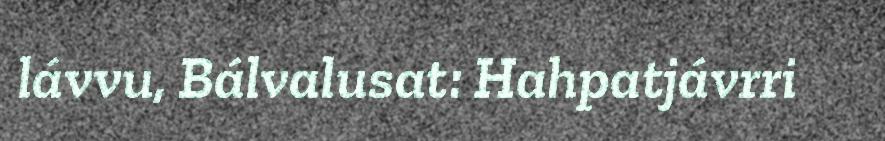
lávvu, Bálvalusat: Hahpatjávrri